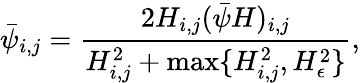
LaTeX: \bar{\psi}_{i,j}=\frac{2H_{i,j}(\bar{\psi}H)_{i,j}}{H_{i,j}^{2}+\operatorname*{max}\{ H_{i,j}^{2},H_{\epsilon}^{2}\} },